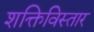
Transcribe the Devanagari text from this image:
शक्तिविस्तार